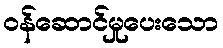
ဝန်ဆောင်မှုပေးသော